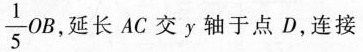
\frac { 1 } { 5 } O B$$，延长AC交y轴于点D，连接